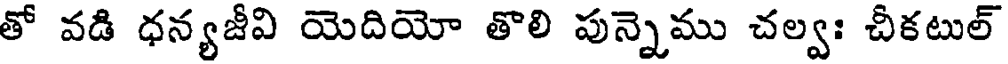
తో వడి ధన్యజీవి యెదియో తొలి పున్నెము చల్వః చీకటుల్